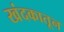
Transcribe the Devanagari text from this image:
खंदकातून